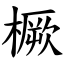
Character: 橛